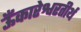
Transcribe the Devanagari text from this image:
ऊँकारेश्वरतीर्थ